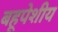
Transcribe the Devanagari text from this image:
बहूपेशीय